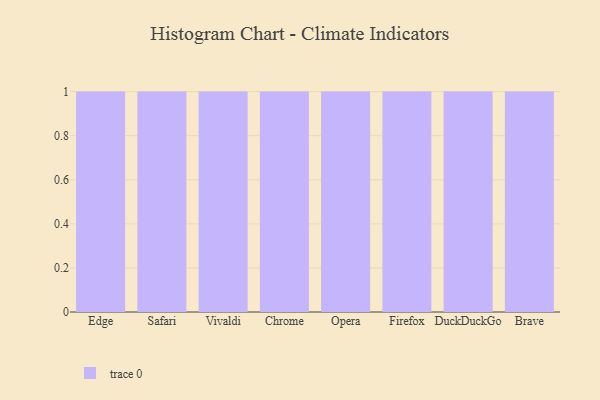
{"axis": {"x": "Browser", "y": "Customer Acquisition Cost (USD)"}, "legend": [""], "data": [{"x": "Edge", "y": 55, "type": ""}, {"x": "Safari", "y": 97, "type": ""}, {"x": "Vivaldi", "y": 71, "type": ""}, {"x": "Chrome", "y": 39, "type": ""}, {"x": "Opera", "y": 9, "type": ""}, {"x": "Firefox", "y": 86, "type": ""}, {"x": "DuckDuckGo", "y": 5, "type": ""}, {"x": "Brave", "y": 75, "type": ""}]}